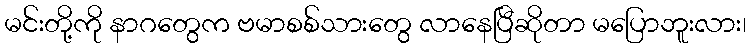
မင်းတို့ကို နာဂတွေက ဗမာစစ်သားတွေ လာနေပြီဆိုတာ မပြောဘူးလား၊